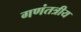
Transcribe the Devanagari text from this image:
गणंतत्रीय